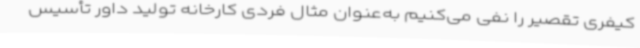
کیفری تقصیر را نفی می‌کنیم به‌عنوان مثال فردی کارخانه تولید داور تأسیس